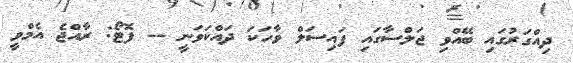
ދިއްގަރުގައި ބޭއްވި ޖަލްސާގައި ފައިސަލް ވާހަކަ ދައްކަވަނީ -- ފޮޓޯ: ރާއްޖެ އެމްވީ